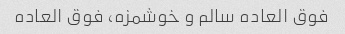
فوق العاده سالم و خوشمزه، فوق العاده